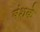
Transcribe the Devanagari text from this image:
वंशके